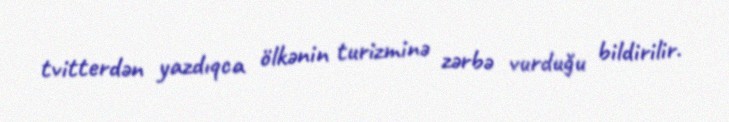
tvitterdən yazdıqca ölkənin turizminə zərbə vurduğu bildirilir.